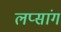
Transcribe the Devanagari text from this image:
लप्सांग